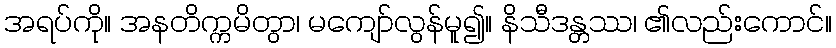
အရပ်ကို။ အနတိက္ကမိတွာ၊ မကျော်လွန်မူ၍။ နိသီဒန္တဿ၊ ၏လည်းကောင်။